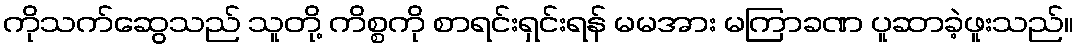
ကိုသက်ဆွေသည် သူတို့ ကိစ္စကို စာရင်းရှင်းရန် မမအား မကြာခဏ ပူဆာခဲ့ဖူးသည်။